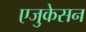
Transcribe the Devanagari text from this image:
एजुकेसन